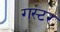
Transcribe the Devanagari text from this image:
गस्टर